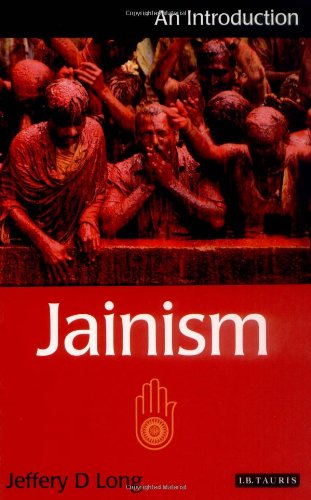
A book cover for Jainism: An Introduction (I.B.Tauris Introductions to Religion); Jeffery D. Long; Religion & Spirituality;